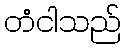
တံငါသည်